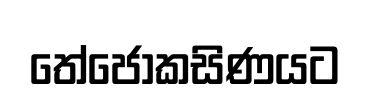
තේජෝකසිණයට